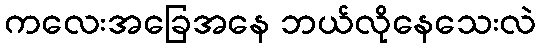
ကလေးအခြေအနေ ဘယ်လိုနေသေးလဲ